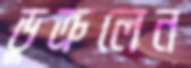
ডুক্‌রলেন